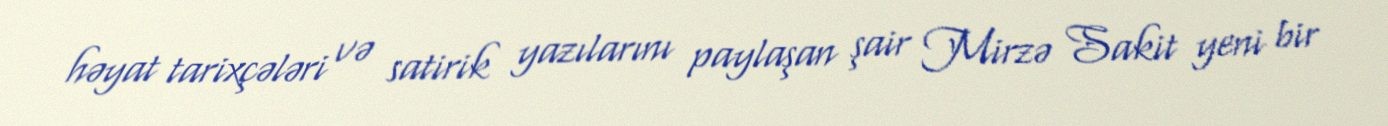
həyat tarixçələri və satirik yazılarını paylaşan şair Mirzə Sakit yeni bir